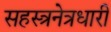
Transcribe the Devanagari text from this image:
सहस्त्रनेत्रधारी